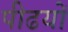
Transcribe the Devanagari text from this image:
पीढयों